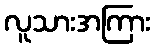
လူသားအကြား